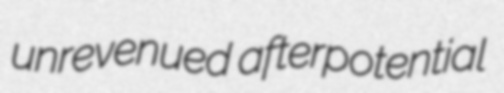
unrevenued afterpotential